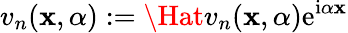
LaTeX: v_{n}(\mathbf{x},\alpha):=\Hat{v}_{n}(\mathbf{x},\alpha)\mathrm{{e}}^{\mathrm{{i}}\alpha\mathbf{x}}